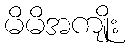
မိမိအကျိုး